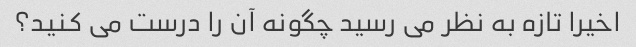
اخیرا تازه به نظر می رسید چگونه آن را درست می کنید؟